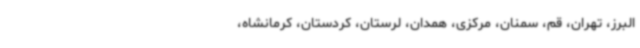
البرز، تهران، قم، سمنان، مرکزی، همدان، لرستان، کردستان، کرمانشاه،